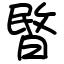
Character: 暋